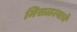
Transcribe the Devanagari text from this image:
मिसळल्याचे